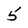
Character: 5